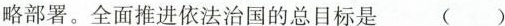
略部署。全面推进依法治国的总目标是()